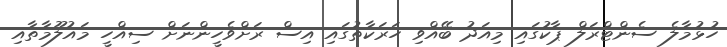
ހުޅުމާލެ ސެންޓްރަލް ޕާކުގައި މިއަދު ބޭއްވި ހަރަކާތުގައި އިސް ރަށްވެހީންނަށް ސިއްހީ މައުލޫމާތާއި